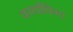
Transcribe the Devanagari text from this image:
कार्याविन्त